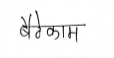
मजकूर: बैठेकाम